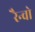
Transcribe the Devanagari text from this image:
रैन्चो